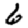
Digit: 6